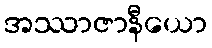
အဿာဇာနီယော